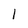
Character: 1